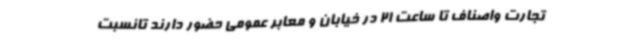
تجارت واصناف تا ساعت 21 در خیابان و معابر عمومی حضور دارند تانسبت